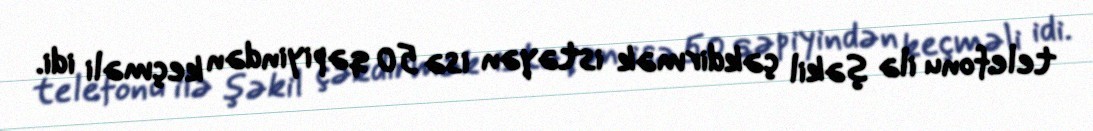
telefonu ilə şəkil çəkdirmək istəyən isə 50 qəpiyindən keçməli idi.